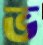
ভ